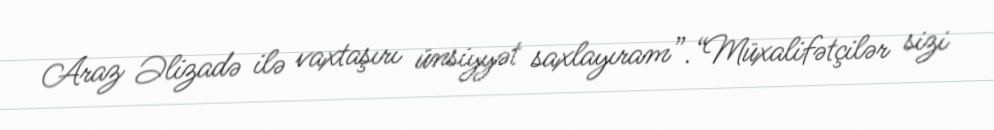
Araz Əlizadə ilə vaxtaşırı ünsiyyət saxlayıram”.“Müxalifətçilər sizi